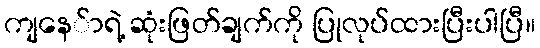
ကျနေ်ာရဲ့ ဆုံးဖြတ်ချက်ကို ပြုလုပ်ထားပြီးပါပြီ။